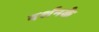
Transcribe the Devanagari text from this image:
दर्शनके